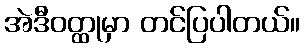
အဲဒီဝတ္ထုမှာ တင်ပြပါတယ်။